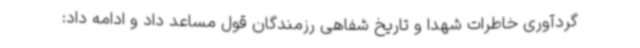
گردآوری خاطرات شهدا و تاریخ شفاهی رزمندگان قول مساعد داد و ادامه داد: